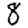
Digit: 8